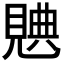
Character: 𧡝